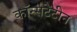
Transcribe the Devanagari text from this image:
कॉन्सटेंटीन